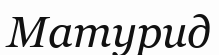
Матурид